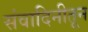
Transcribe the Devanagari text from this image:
संवादिनीतून